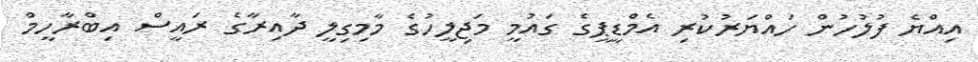
އިއްޔެ ފުލުހުން ހައްޔަރުކުރި އެމްޑީޕީގެ ގައުމީ މަޖިލީހުގެ މާމިގިލީ ދާއިރާގެ ރައީސް އިބްރާހީމް